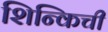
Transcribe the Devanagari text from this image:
शिन्किची